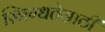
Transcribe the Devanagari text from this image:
स्निग्धतेसाठी